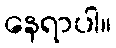
နေရာပါ။